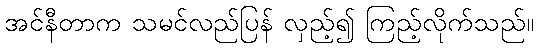
အင်နီတာက သမင်လည်ပြန် လှည့်၍ ကြည့်လိုက်သည်။